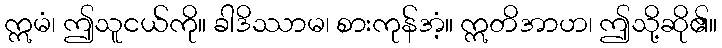
ဣမံ၊ ဤသူငယ်ကို။ ခါဒိဿာမ၊ စားကုန်အံ့။ ဣတိအာဟ၊ ဤသို့ဆို၏။